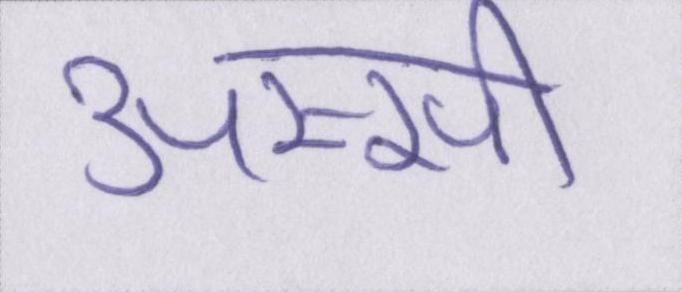
अस्सी